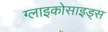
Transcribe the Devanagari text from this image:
ग्लाइकोसाइड्स